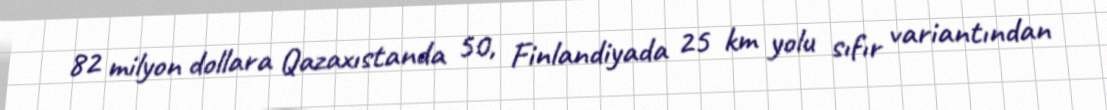
82 milyon dollara Qazaxıstanda 50, Finlandiyada 25 km yolu sıfır variantından